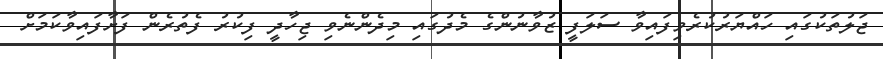
ޖަލުތަކުގައި ހައްޔަރުކުރެވިފައިވާ ސަލަފީ ޒުވާނުންގެ މެދުގައި މިދެންނެވި ޖިހާދީ ފިކުރު ފެތުރެން ފަށާފައިވާކަމަށް